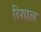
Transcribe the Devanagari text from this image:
रिशाल